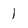
Character: 1